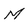
Character: M